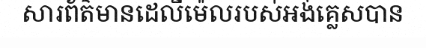
សារព័ត៌មានដេលីម៉េលរបស់អង់គ្លេសបាន